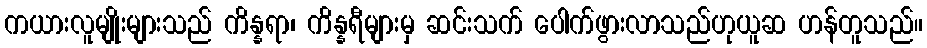
ကယားလူမျိုးများသည် ကိန္နရာ၊ ကိန္နရီများမှ ဆင်းသက် ပေါက်ဖွားလာသည်ဟုယူဆ ဟန်တူသည်။